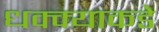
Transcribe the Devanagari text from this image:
धक्क्याकडे